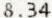
8.34